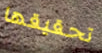
تحقيقها